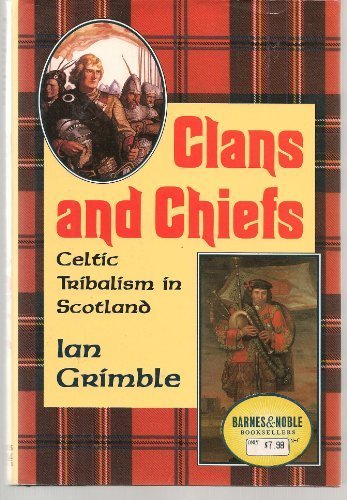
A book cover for CLANS AND CHIEFS -  Celtic Tribalism in Scotland; IAN GRIMBLE; Sports & Outdoors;